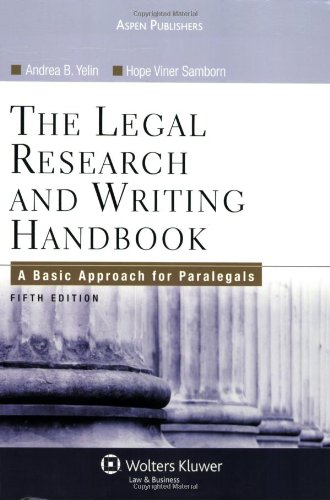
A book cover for Legal Research & Writing Handbook; Andrea B. Yelin; Law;